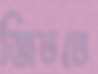
জিততে